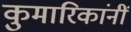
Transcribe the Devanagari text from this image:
कुमारिकांनीं